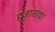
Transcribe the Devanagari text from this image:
हजारावा